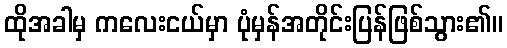
ထိုအခါမှ ကလေးငယ်မှာ ပုံမှန်အတိုင်းပြန်ဖြစ်သွား၏။